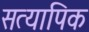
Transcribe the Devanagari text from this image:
सत्यापिक